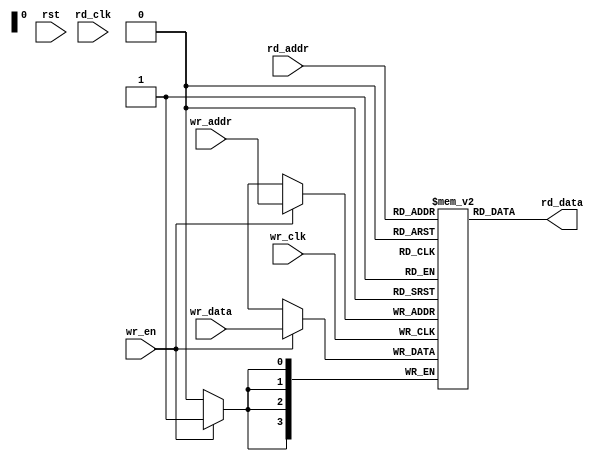
// Generated by IP Generator (Version trunk build 41360)



//////////////////////////////////////////////////////////////////////////////
//
// Copyright (c) 2014 PANGO MICROSYSTEMS, INC
// ALL RIGHTS REVERVED.
//
// THE SOURCE CODE CONTAINED HEREIN IS PROPRIETARY TO PANGO MICROSYSTEMS, INC.
// IT SHALL NOT BE REPRODUCED OR DISCLOSED IN WHOLE OR IN PART OR USED BY
// PARTIES WITHOUT WRITTEN AUTHORIZATION FROM THE OWNER.
//
//////////////////////////////////////////////////////////////////////////////
//
// Library:
////////////////////////////////////////////////////////////////////////////////////////////////////////////////////////////////////////

`timescale 1 ns / 1 ps

module ipsxb_distributed_sdpram_v1_0_distributed_fifo_v1_0
    #(
      parameter  ADDR_WIDTH     	      = 4          ,    //address width   range:4-10
      parameter  DATA_WIDTH     	      = 4          ,    //data width      range:1-256
      parameter  RST_TYPE                 = "ASYNC"    ,    //reset type   "ASYNC" "SYNC"
      parameter  OUT_REG                  = 0          ,    //output options :non_register(0)  register(1)
      parameter  INIT_FILE                = "NONE"     ,    //legal value:"NONE" or "initial file name"
      parameter  FILE_FORMAT              = "BIN"           //initial data format : "BIN" or "HEX"
     )
     (
      input   wire [DATA_WIDTH-1:0]       wr_data      ,
      input   wire [ADDR_WIDTH-1:0]       wr_addr      ,
      input   wire [ADDR_WIDTH-1:0]       rd_addr      ,
      input   wire                        wr_clk       ,
      input   wire                        rd_clk       ,
      input   wire                        wr_en        ,
      input   wire                        rst          ,
      output  wire [DATA_WIDTH-1:0]       rd_data
     )/* synthesis syn_ramstyle = "select_ram" */;


wire                                      asyn_rst     ;
wire                                      syn_rst      ;
wire  [DATA_WIDTH-1:0]                    q            ;
reg   [DATA_WIDTH-1:0]                    q_reg        ;

reg   [DATA_WIDTH-1:0]                    mem [2**ADDR_WIDTH-1:0];

//***********************************************************************reset*******************************************************************
assign  asyn_rst  = (RST_TYPE == "ASYNC") ? rst : 0  ;
assign  syn_rst   = (RST_TYPE == "SYNC" ) ? rst : 0  ;

//initialize sdpram
generate
    integer i,j;
    if (INIT_FILE != "NONE") begin
        if (FILE_FORMAT == "BIN") begin
            initial begin
                $readmemb(INIT_FILE,mem);
            end
        end
        else if (FILE_FORMAT == "HEX") begin
            initial begin
                $readmemh(INIT_FILE,mem);
            end
        end
    end
    else begin
        initial begin
            for (i=0;i<2**ADDR_WIDTH;i=i+1) begin
                for (j=0;j<DATA_WIDTH;j=j+1) begin
                    mem[i][j] = 1'b0;
                end
            end
        end
    end
endgenerate

//write & read
generate
    always @(posedge wr_clk) begin
        if(wr_en)
            mem[wr_addr] <= wr_data;
    end

    assign q = mem[rd_addr];

    if (RST_TYPE == "ASYNC") begin
        always@(posedge rd_clk or posedge asyn_rst)
        begin
            if(asyn_rst)
                q_reg <= {DATA_WIDTH{1'b0}};
            else
                q_reg <= q;
        end
    end
    else if (RST_TYPE == "SYNC") begin
        always@(posedge rd_clk)
        begin
            if(syn_rst)
                q_reg <= {DATA_WIDTH{1'b0}};
            else
                q_reg <= q;
        end
    end
endgenerate

assign rd_data = (OUT_REG == 1) ? q_reg : q;

endmodule